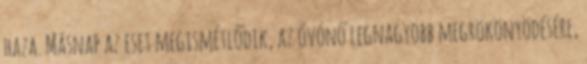
haza. Másnap az eset megismétlődik, az óvónő legnagyobb megrökönyödésére,